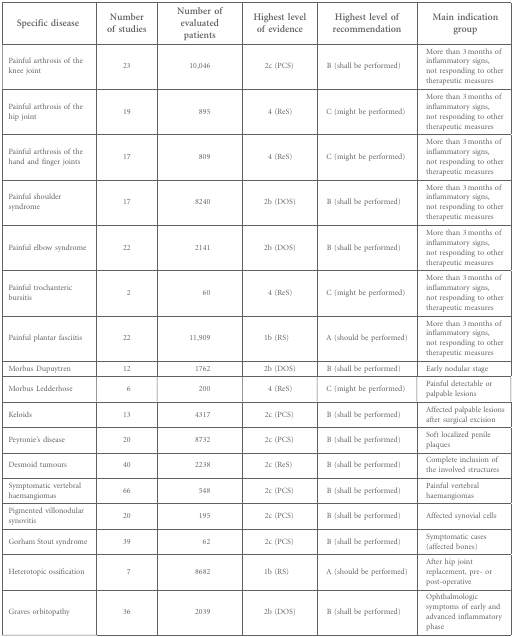
| Specific disease | Number of studies | Number of evaluated patients | Highest level of evidence | Highest level of recommendation | Main indication group |
 | --- | --- | --- | --- | --- | --- |
 | Painful arthrosis of the knee joint | 23 | 10,046 | 2c (PCS) | B (shall be performed) | More than 3 months of inflammatory signs, not responding to other therapeutic measures |
 | Painful arthrosis of the hip joint | 19 | 895 | 4 (ReS) | C (might be performed) | More than 3 months of inflammatory signs, not responding to other therapeutic measures |
 | Painful arthrosis of the hand and finger joints | 17 | 809 | 4 (ReS) | C (might be performed) | More than 3 months of inflammatory signs, not responding to other therapeutic measures |
 | Painful shoulder syndrome | 17 | 8240 | 2b (DOS) | B (shall be performed) | More than 3 months of inflammatory signs, not responding to other therapeutic measures |
 | Painful elbow syndrome | 22 | 2141 | 2b (DOS) | B (shall be performed) | More than 3 months of inflammatory signs, not responding to other therapeutic measures |
 | Painful trochanteric bursitis | 2 | 60 | 4 (ReS) | C (might be performed) | More than 3 months of inflammatory signs, not responding to other therapeutic measures |
 | Painful plantar fasciitis | 22 | 11,909 | 1b (RS) | A (should be performed) | More than 3 months of inflammatory signs, not responding to other therapeutic measures |
 | Morbus Dupuytren | 12 | 1762 | 2b (DOS) | B (shall be performed) | Early nodular stage |
 | Morbus Ledderhose | 6 | 200 | 4 (ReS) | C (might be performed) | Painful detectable or palpable lesions |
 | Keloids | 13 | 4317 | 2c (PCS) | B (shall be performed) | Affected palpable lesions after surgical excision |
 | Peyronie's disease | 20 | 8732 | 2c (PCS) | B (shall be performed) | Soft localized penile plaques |
 | Desmoid tumours | 40 | 2238 | 2c (ReS) | B (shall be performed) | Complete inclusion of the involved structures |
 | Symptomatic vertebral haemangiomas | 66 | 548 | 2c (PCS) | B (shall be performed) | Painful vertebral haemangiomas |
 | Pigmented villonodular synovitis | 20 | 195 | 2c (PCS) | B (shall be performed) | Affected synovial cells |
 | Gorham Stout syndrome | 39 | 62 | 2c (PCS) | B (shall be performed) | Symptomatic cases (affected bones) |
 | Heterotopic ossification | 7 | 8682 | 1b (RS) | A (should be performed) | After hip joint replacement, pre- or post-operative |
 | Graves orbitopathy | 36 | 2039 | 2b (DOS) | B (shall be performed) | Ophthalmologic symptoms of early and advanced inflammatory phase |